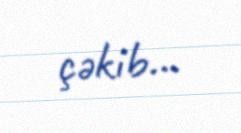
çəkib...